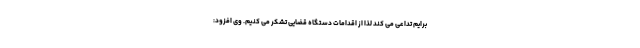
برایم تداعی می کند لذا از اقدامات دستگاه قضایی تشکر می کنیم. وی افزود: